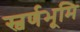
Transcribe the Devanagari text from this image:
स्वर्णभूमि